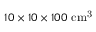
1 0 \times 1 0 \times 1 0 0 \ \mathrm { c m ^ { 3 } }